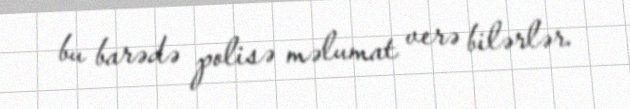
bu barədə polisə məlumat verə bilərlər.